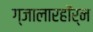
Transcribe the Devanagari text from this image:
ग्जालारहॉर्न